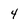
Character: 4